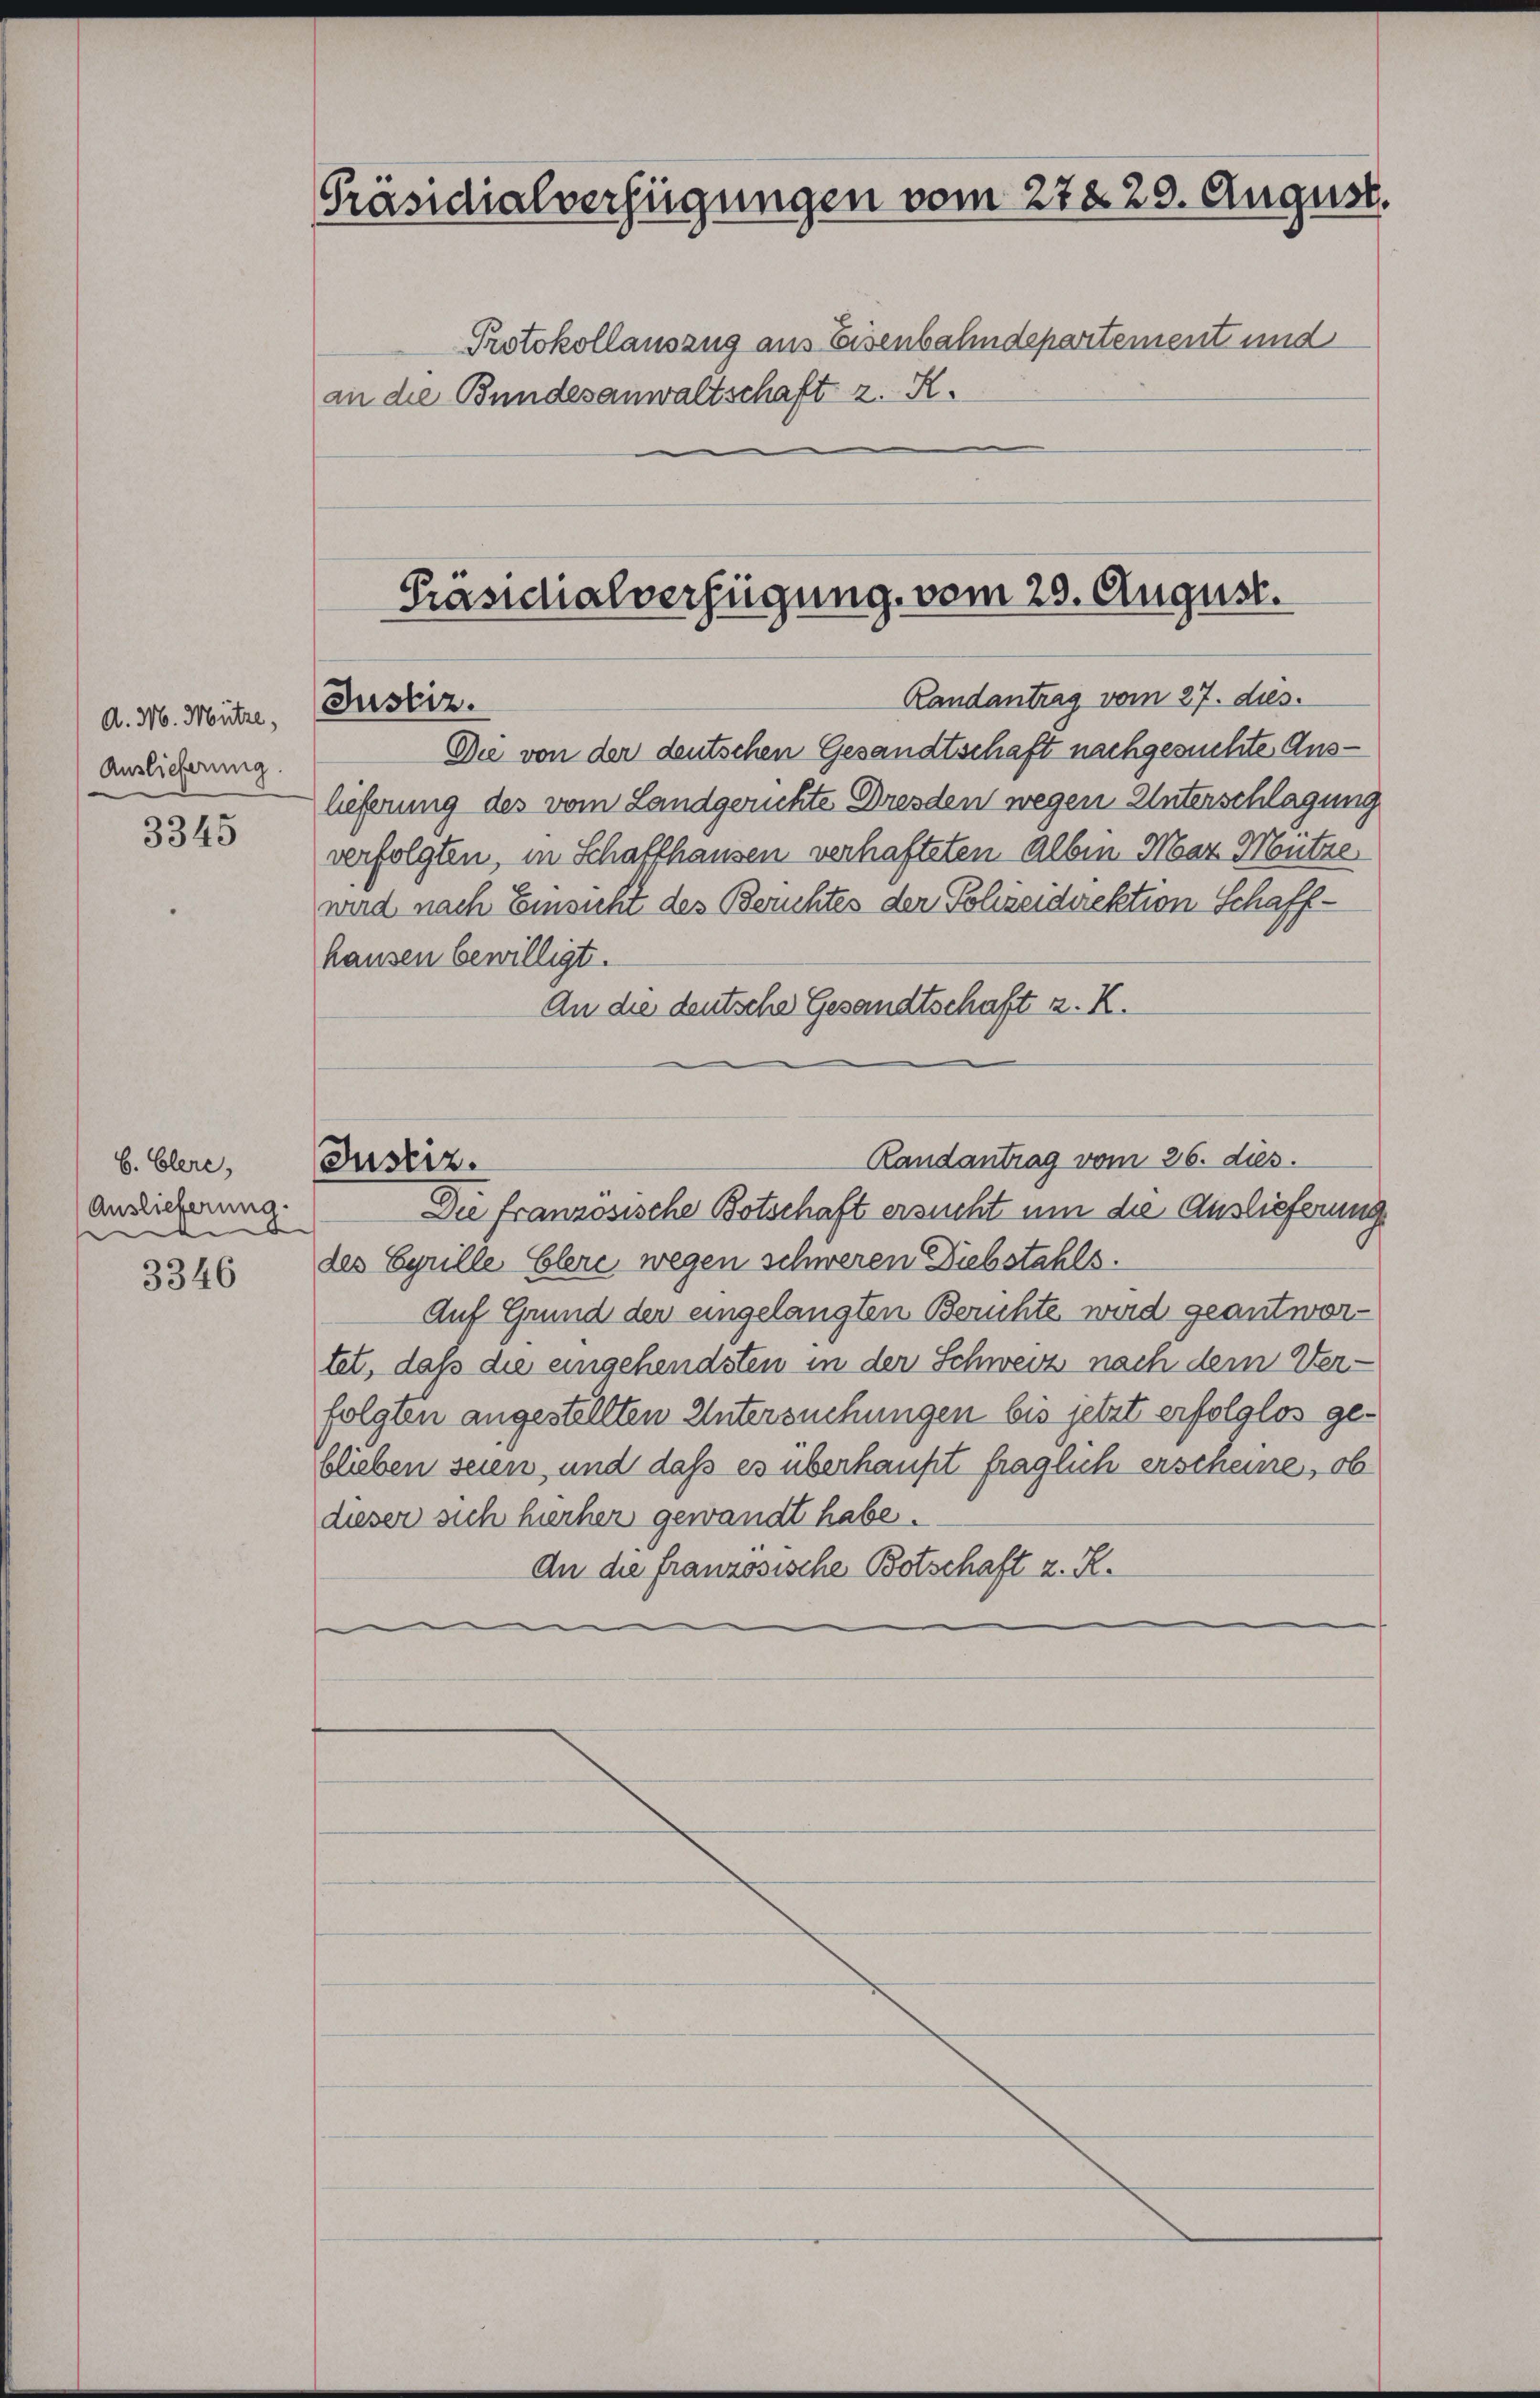
A. M. Mütze,
Auslieferung.

3345

b. Clere,
Auslieferung.
d

3346

Präsidialverfügungen vom 27829. August.
Protokollauszug aus Eisenbahndepartement und
an die Bundesanwaltschaft z. R.

Präsidialverfügung vom 28. August.
Randantrag vom 27. dies
Justiz.
Die von der deutschen Gesandtschaft nachgesuchte Aus¬

lieferung des vom Landgerichte Dresden wegen Unterschlagung
verfolgten, in Schaffhausen verhafteten alben Mar Mütze
wird nach Einsicht des Berichtes der Schreidirektion Schaffhausen bewilligt.
An die deutsche Gesandtschaft z. K.
Justiz.
Die französische Botschaft ersucht um die Auslieferung
des Cyrille Elere wegen schweren Diebstahls.
Auf Grund der eingelangten Berichte, wird geantwortet, daß die eingehendsten in der Schweiz nach dem Verfolgten angestellten Untersuchungen bis jetzt erfolglos geblieben seien, und daß es überhaupt fraglich erscheine, ob
dieser sich hierher gewandt habe.
An die französische Botschaft z. R.

Randantrag vom 26. dies.